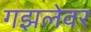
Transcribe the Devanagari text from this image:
गझलेवर